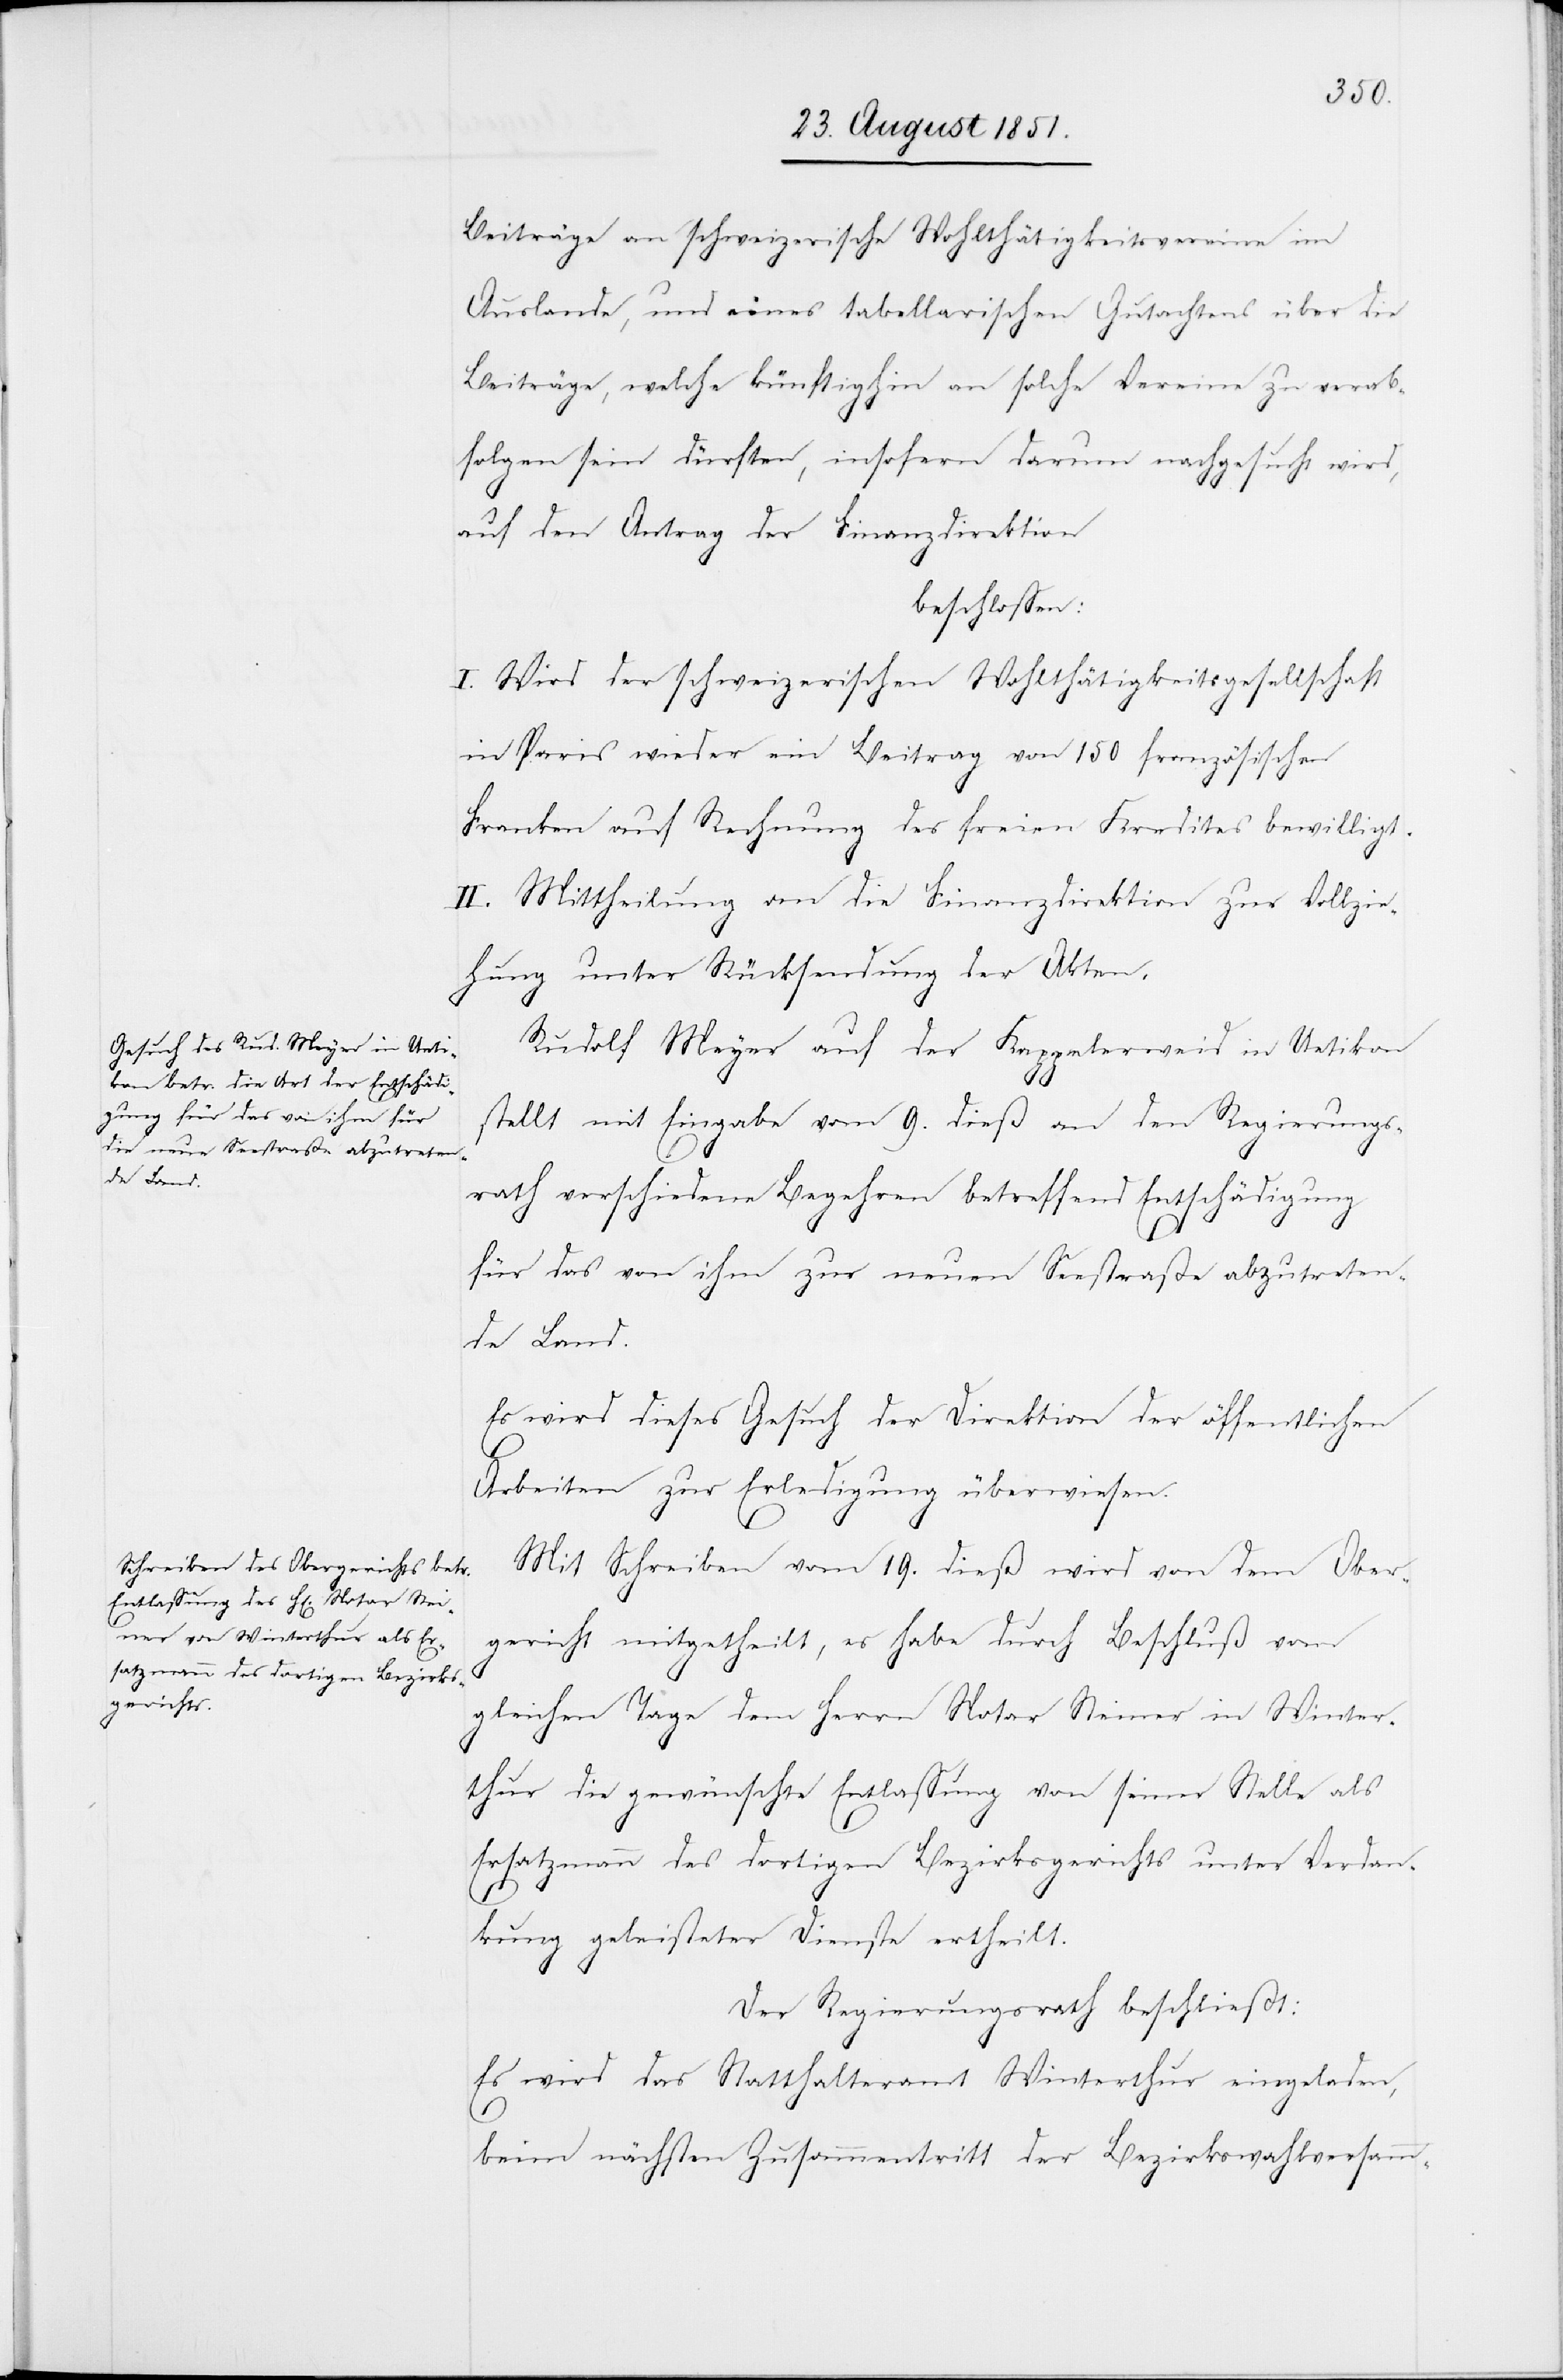
Beiträge an schweizerische Wohlthätigkeitsvereine im
Auslande, und eines tabellarischen Gutachtens über die
Beiträge, welche künftighin an solche Vereine zu verab¬
folgen sein dürften, insofern darum nachgesucht wird,
auf den Antrag der Finanzdirektion
beschlossen:
I. Wird der schweizerischen Wohlthätigkeitsgesellschaft
in Paris wieder ein Beitrag von 150 französischen
Franken auf Rechnung des freien Kredites bewilligt.
II. Mittheilung an die Finanzdirektion zur Vollzie¬
hung unter Rücksendung der Akten.
Rudolf Meyer auf der Kappelerweid in Uetikon
stellt mit Eingabe vom 9. dieß an den Regierungs¬
rath verschiedene Begehren betreffend Entschädigung
für das von ihm zur neuen Seestraße abzutreten¬
de Land.
Es wird dieses Gesuch der Direktion der öffentlichen
Arbeiten zur Erledigung überwiesen.
Mit Schreiben vom 19. dieß wird von dem Ober¬
gericht mitgetheilt, es habe durch Beschluß vom
gleichen Tage dem Herrn Notar Steiner in Winter¬
thur die gewünschte Entlassung von seiner Stelle als
Ersatzmann des dortigen Bezirksgerichts unter Verdan¬
kung geleisteter Dienste ertheilt.
Der Regierungsrath beschließt:
Es wird das Statthalteramt Winterthur eingeladen,
beim nächsten Zusammentritt der Bezirkswahlversamm-